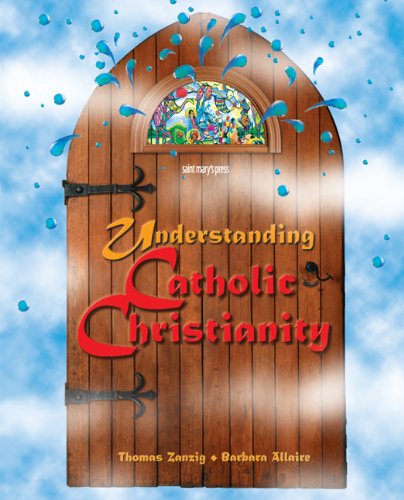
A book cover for Understanding Catholic Christianity: (Student Text); Thomas Zanzig; Christian Books & Bibles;